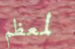
لمعظم